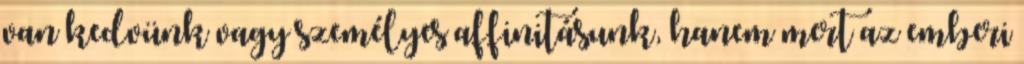
van kedvünk vagy személyes affinitásunk, hanem mert az emberi